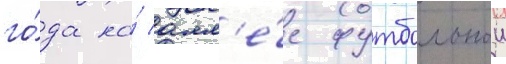
го́да на́ алл'е́е футбольнои